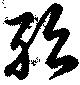
殆